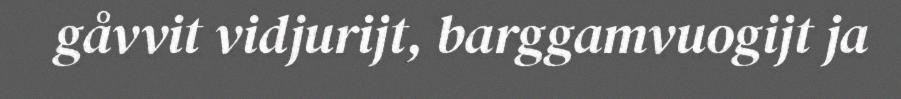
gåvvit vidjurijt, barggamvuogijt ja